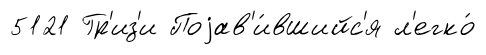
5121 Гр'из'и Поjав'и́вшийс'я л'егко́